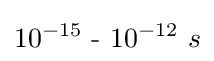
10^{-15}~{\text{-}}~10^{-12}~s